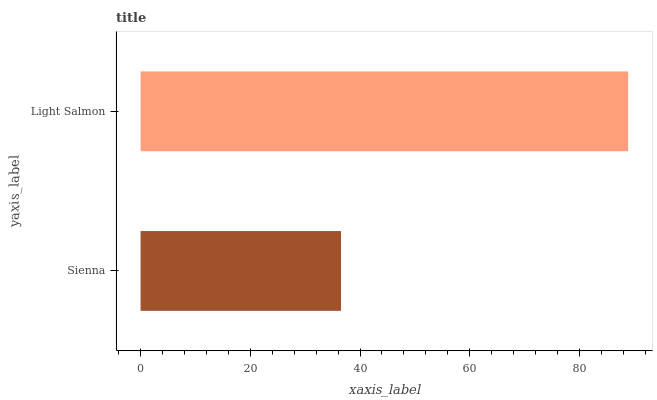
| yaxis_label | bars |
 | --- | --- |
 | Sienna | 36.5 |
 | Light Salmon | 88.9 |